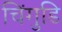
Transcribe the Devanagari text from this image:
चिंगुडि